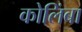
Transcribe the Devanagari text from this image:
कोलिंबा